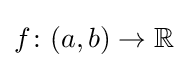
f\colon (a,b)\rightarrow \mathbb {R}